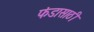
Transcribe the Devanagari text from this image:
फंडासाठी